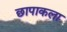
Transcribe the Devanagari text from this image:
छापाकला